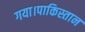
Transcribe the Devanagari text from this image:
गया।पाकिस्तान